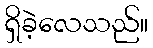
ရှိခဲ့လေသည်။